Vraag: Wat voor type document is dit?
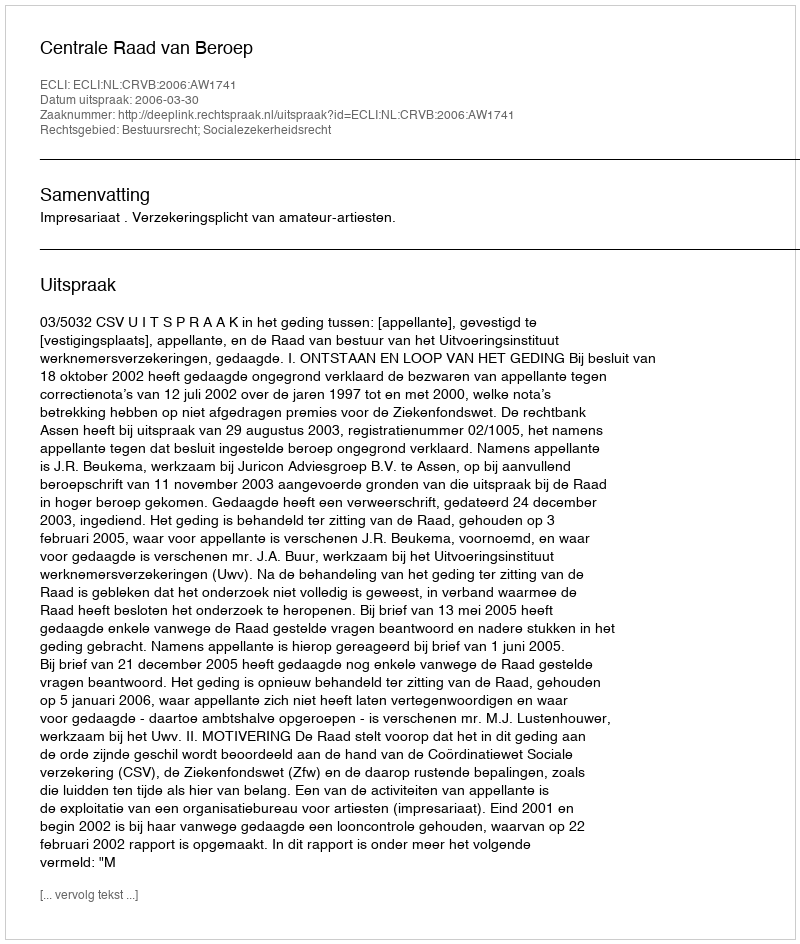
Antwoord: Uitspraak